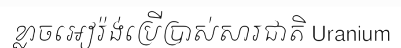
ខ្លាចអៀរ៉ង់ប្រើប្រាស់សារជាតិ Uranium